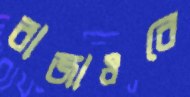
বাজাওরে